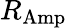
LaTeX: R_{\mathrm{Amp}}